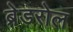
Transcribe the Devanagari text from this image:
ब्रेडरोल